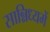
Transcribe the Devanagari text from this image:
सान्निध्‍यमें